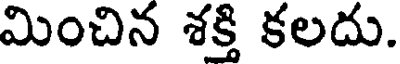
మించిన శక్తి కలదు.